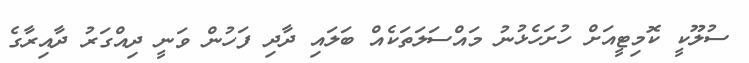
ސުލޫކީ ކޮމިޓީއަށް ހުށަހެޅުނު މައްސަލަތަކެއް ބަލައި ދާދި ފަހުން ވަނީ ދިއްގަރު ދާއިރާގެ